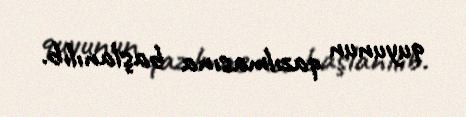
quyunun qazılmasına başlanılıb.